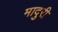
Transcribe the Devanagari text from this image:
मादुरी